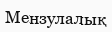
Мензулалық